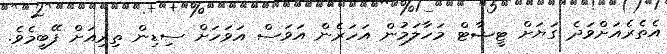
އެތެރެއަށްވަދެ ގަޔަށް ޓީޝާޓް މަހާލަމުން އަހަރެން އަވަސް އަވަހަށް ސިޑިން ތިރިއަށް ފޭބީމެވެ.